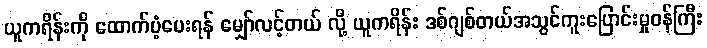
ယူကရိန်းကို ထောက်ပံ့ပေးရန် မျှော်လင့်တယ် လို့ ယူကရိန်း ဒစ်ဂျစ်တယ်အသွင်ကူးပြောင်းမှုဝန်ကြီး